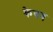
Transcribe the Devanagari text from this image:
केषव